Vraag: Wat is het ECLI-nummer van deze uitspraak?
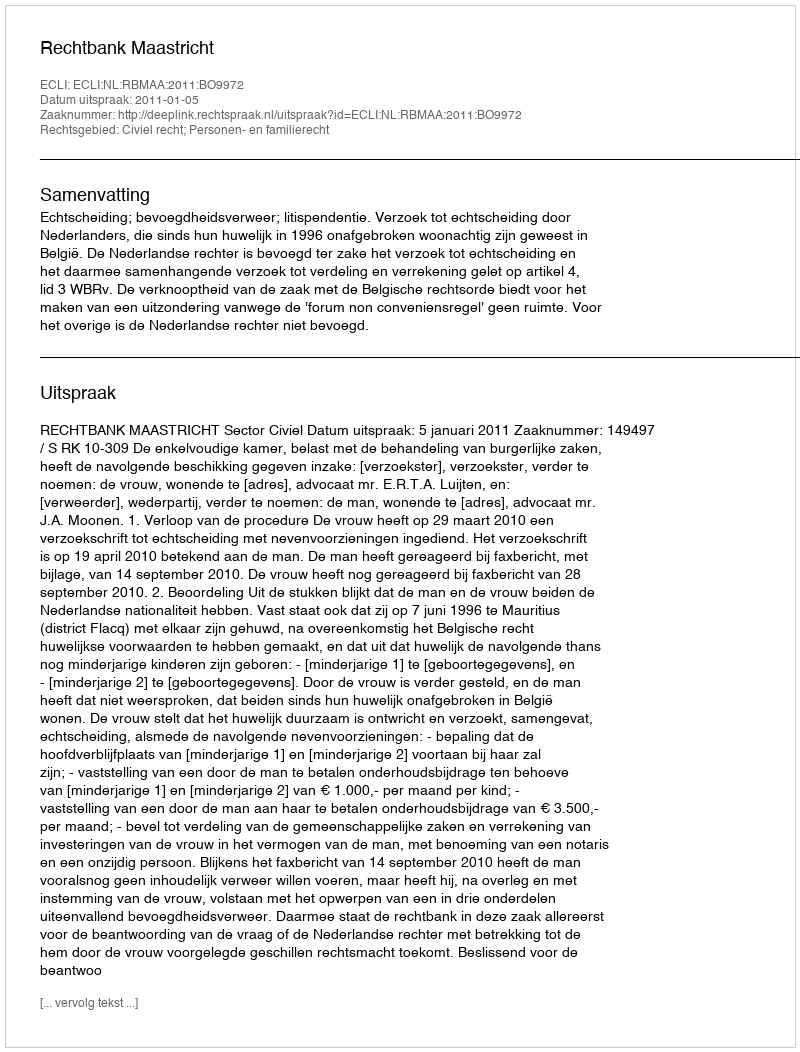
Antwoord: ECLI:NL:RBMAA:2011:BO9972